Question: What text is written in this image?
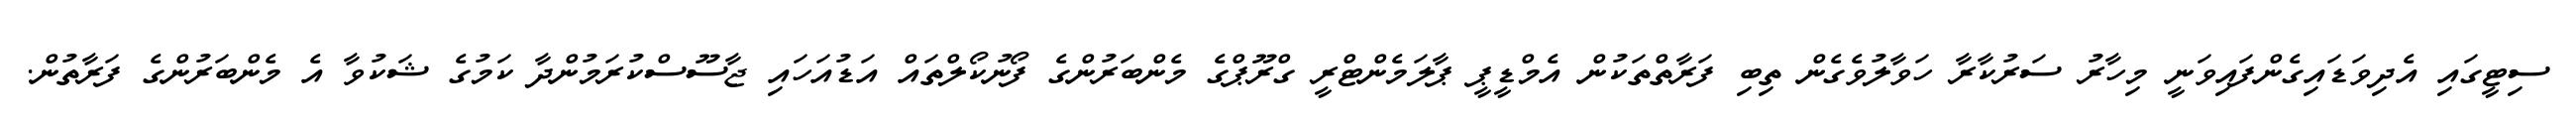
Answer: ސިޓީގައި އެދިވަޑައިގެންފައިވަނީ މިހާރު ސަރުކާރާ ހަވާލުވެގެން ތިބި ފަރާތްތަކުން އެމްޑީޕީ ޕާލަމެންޓްރީ ގްރޫޕްގެ މެންބަރުންގެ ފޯނުކޯލްތައް އަޑުއަހައި ޖާސޫސްކުރަމުންދާ ކަމުގެ ޝަކުވާ އެ މެންބަރުންގެ ފަރާތުން.